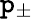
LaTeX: \mathtt{p}_{\pm}